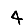
Digit: 4